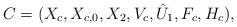
LaTeX: \begin{align*}C=( X_c, X_{c,0}, X_2, V_c, \hat U_1, F_c, H_c ),\end{align*}